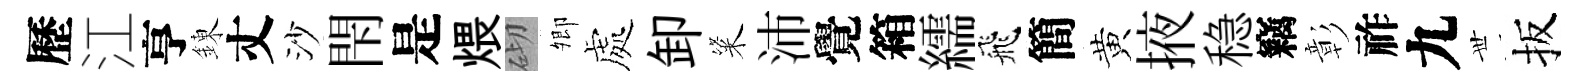
歷江亨錬丈沙閇是煨砌𡖖處卸粢沛覺箱繻飛簡黄掖稳竊彰祚九𠀍扳